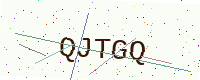
Text: QJTGQ